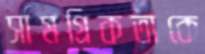
সামগ্রিকতাকে